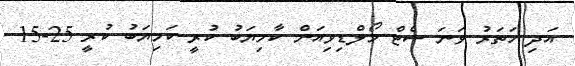
އަދި ހަތަރު ވަނަ ސެޓް މޯލްޑިވިއަން ކާމިޔަބު ކުރީ ކަމިޔަބު ކުރީ 25-15